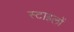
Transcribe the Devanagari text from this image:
स्टाइलों